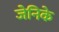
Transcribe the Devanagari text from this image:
जेनिके